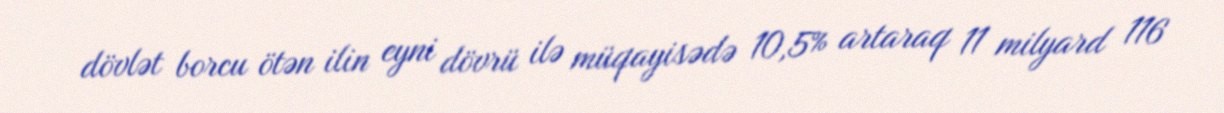
dövlət borcu ötən ilin eyni dövrü ilə müqayisədə 10,5% artaraq 11 milyard 116